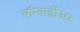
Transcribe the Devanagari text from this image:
बॉम्बार्डीअर